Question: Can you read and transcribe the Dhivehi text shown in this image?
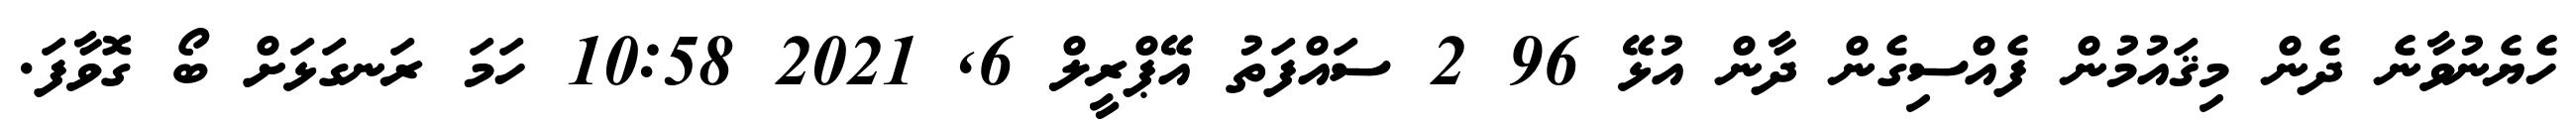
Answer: ހެޔެނުވާނެ ދެން މިޤައުމުން ފެއްސިގެން ދާން އުޅޭ 96 2 ސައްފަތު އޭޕްރީލް 6, 2021 10:58 ހަމަ ރަނގަޅަށް ބޯ ގޮވާފަ.